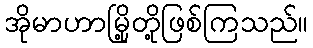
အိုမာဟာမြို့တို့ဖြစ်ကြသည်။